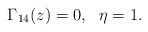
\begin{align*}\Gamma_{14}(z)=0, \ \ \eta=1. \end{align*}